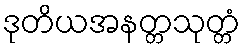
ဒုတိယအနတ္တသုတ္တံ